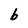
Character: b